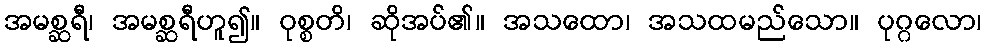
အမစ္ဆရီ၊ အမစ္ဆရီဟူ၍။ ဝုစ္စတိ၊ ဆိုအပ်၏။ အသထော၊ အသထမည်သော။ ပုဂ္ဂလော၊